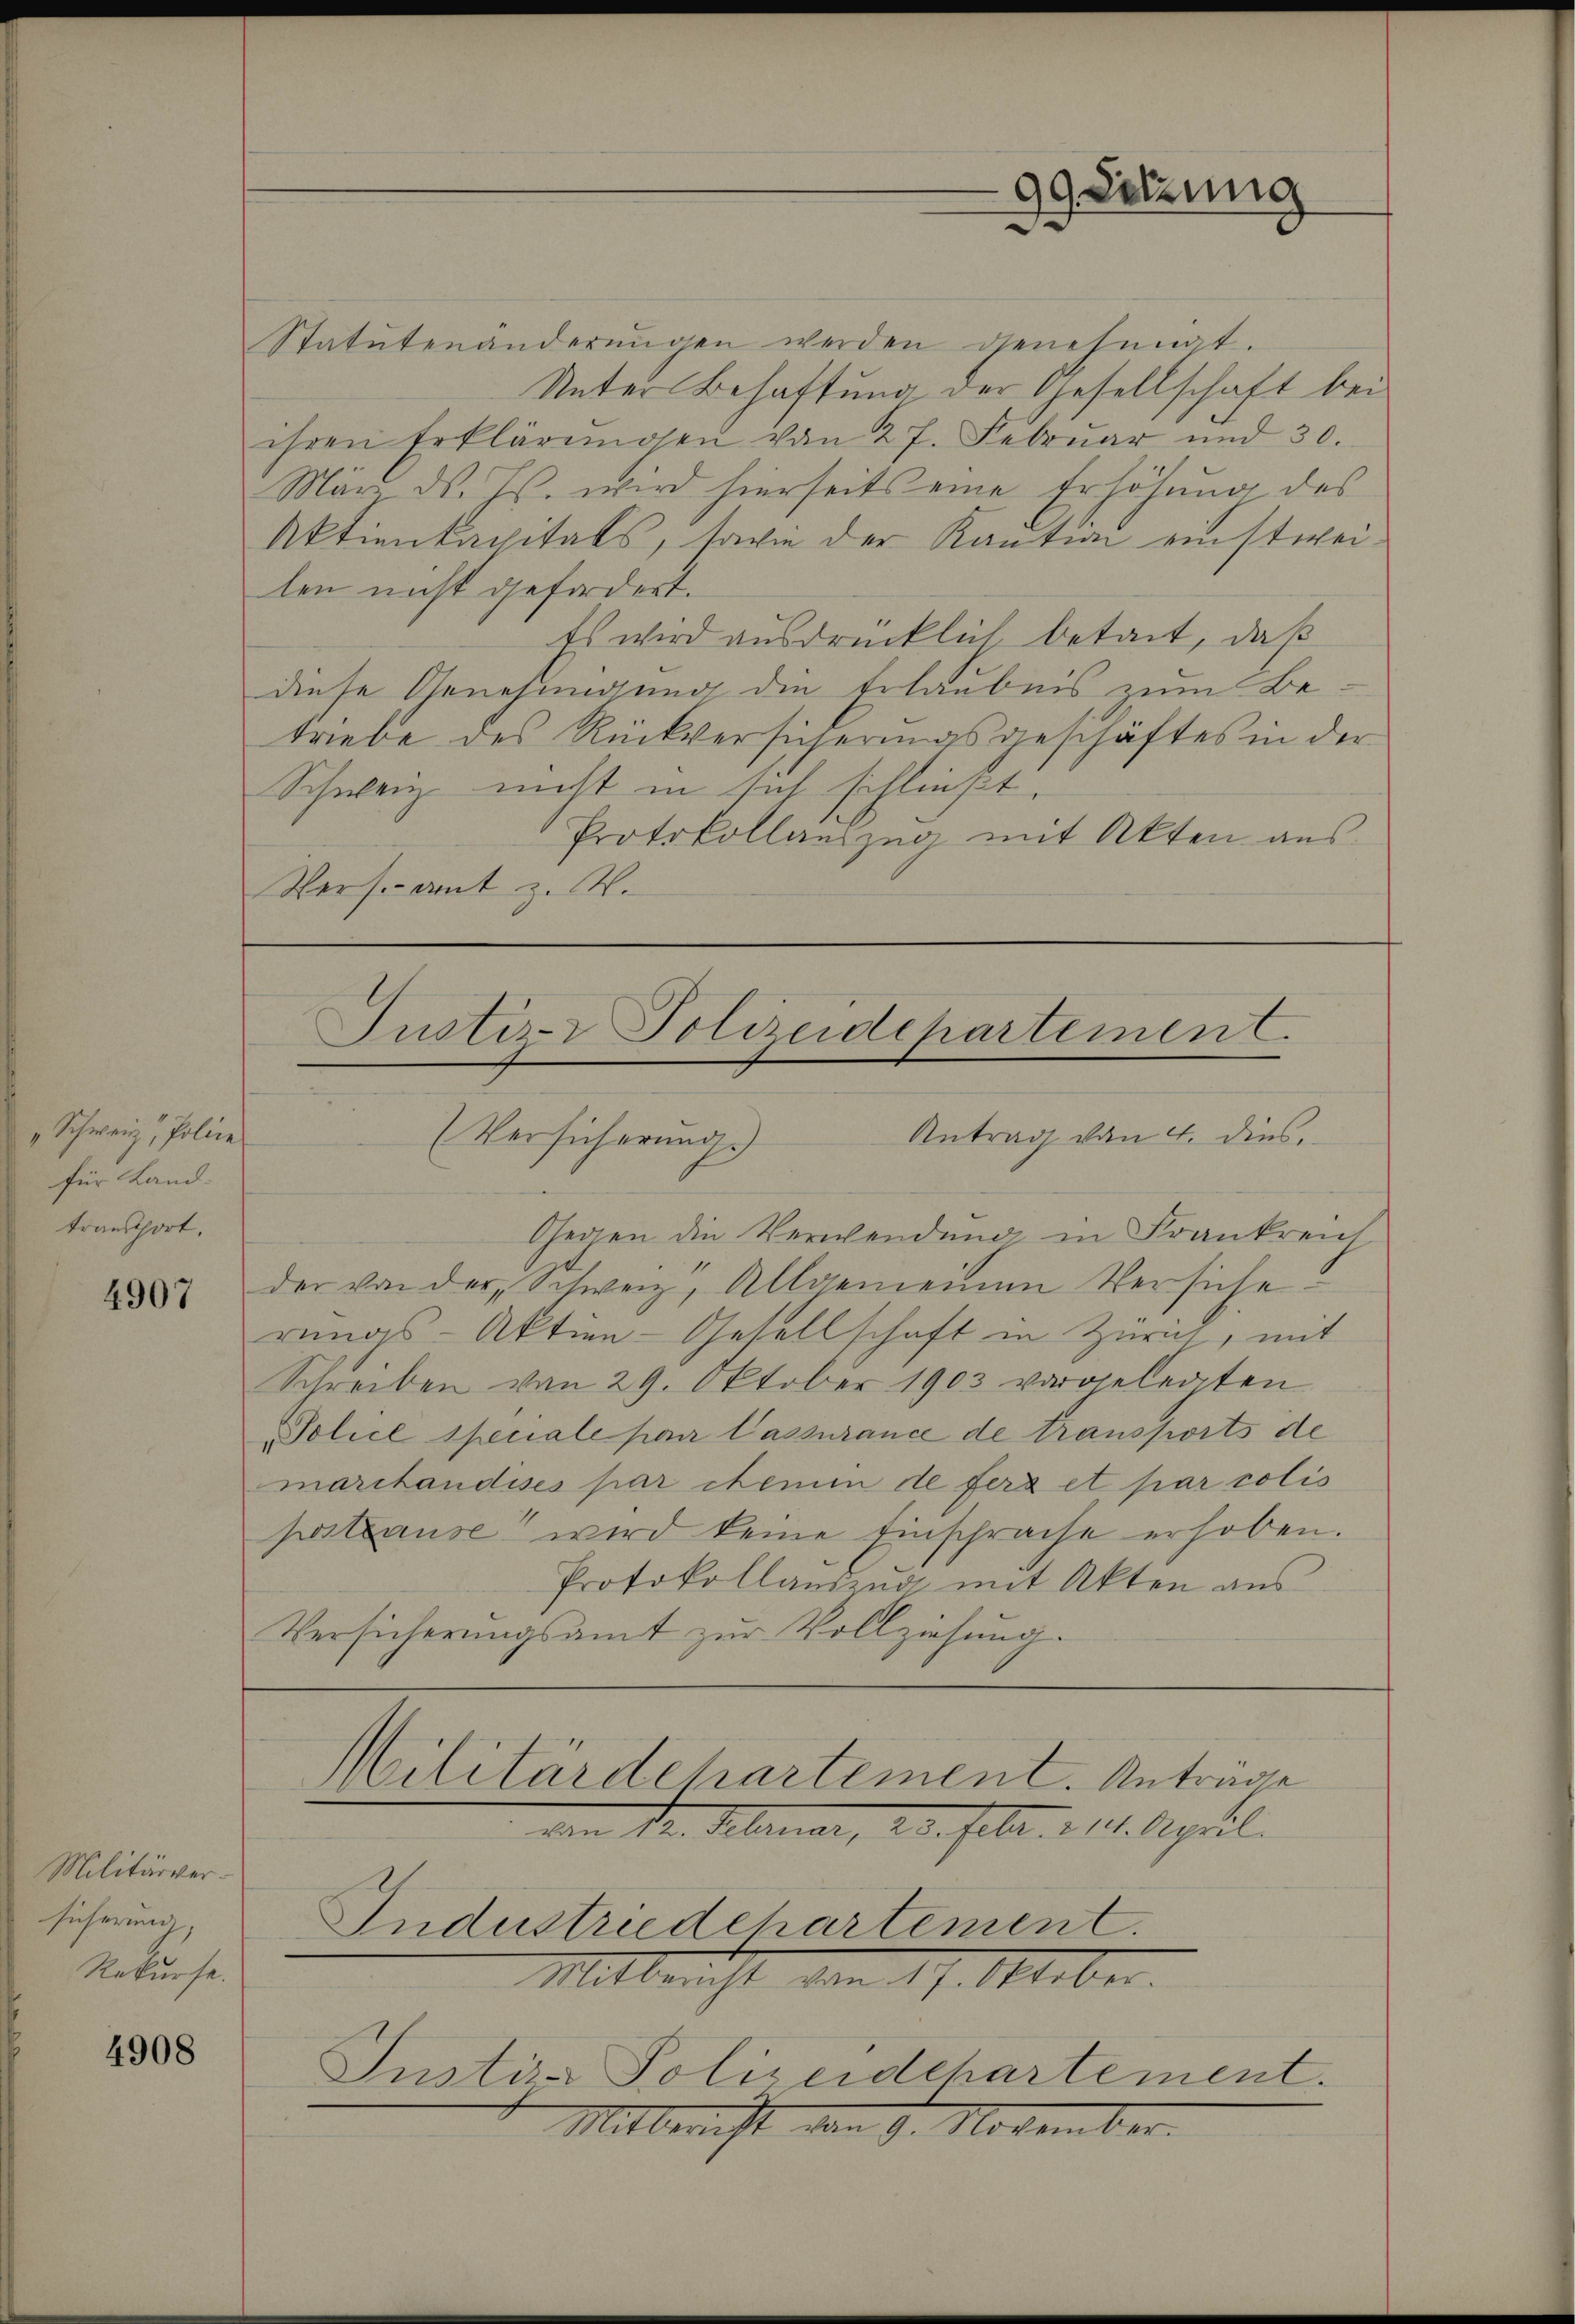
99 Setzung

Statutenänderŭngen werden genehmigt.
Unter Behaftung der Gesellschaft bei
ihren Erklärŭngen von 27. Februar und 30.
März d. Js. wird hierseits eine Erhöhŭng des
Aktienkapitals, sowie der Kaution einstweilen nicht gefordert.
ts wird ausdrücklich betait, daß
diese Genehmigung die Erlaubnis zum Betriebe des Rückversicherungsgeschäftes in der
Schweiz nicht in sich schließt.
Protokollauszug mit Akten aus.
Vers.- Amt z. B.

Justiz- Polizeidepartement.
(Versicherung. Antrag von 4. dies

Gegen die Verwendung in Frankreich
der von der Schweiz, Allgemeinen Versicherungs-Aktien-Gesellschaft in Zürich, mit
Schreiben von 29. Oktober 1903 vorgelegten
Police speciale par lassurance de transports de
marchandises par chemin de fers et par colis
postause wird keine Einschrache erhoben.
Protokollandend mit Akten ans
Versicherungsamt zur Vollziehung.

„Schweiz, Police
für Landtrausthort.

4907

Militärdepartement. Anträge
Den 12. Februar, 2 S. febr. 11. April.

Iustiz- Polizeidchartement.
Mitbericht vom 9. November.

Militärversicherung,
Rekurse.

Industriedchartement.
Mittricht von 17. Oktober.

4908